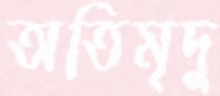
অতিমৃদু